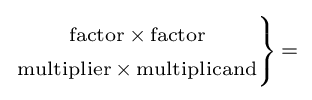
\scriptstyle \left.{\begin{matrix}\scriptstyle {\text{factor}}\,\times \,{\text{factor}}\\\scriptstyle {\text{multiplier}}\,\times \,{\text{multiplicand}}\end{matrix}}\right\}\,=